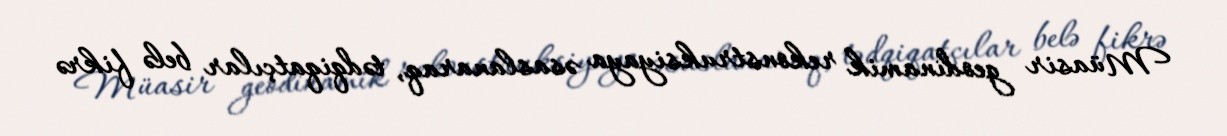
Müasir geodinamik rekonstruksiyaya əsaslanaraq, tədqiqatçılar belə fikrə